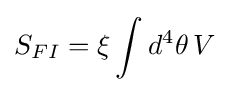
S_{FI}=\xi \int d^{4}\theta \,V